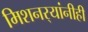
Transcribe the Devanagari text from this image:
मिशनर्‍यांनीही